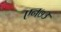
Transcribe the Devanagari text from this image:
एन७३